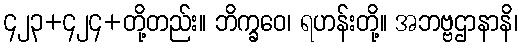
၄၂၃+၄၂၄+တို့တည်း။ ဘိက္ခဝေ၊ ရဟန်းတို့။ အဘဗ္ဗဌာနာနိ၊